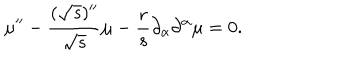
LaTeX: \mu ^ { \prime \prime } - \frac { ( { \sqrt { s } } ) ^ { \prime \prime } } { \sqrt { s } } \mu - \frac { r } { s } \partial _ { \alpha } \partial ^ { \alpha } \mu = 0 .